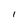
Character: I